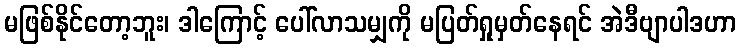
မဖြစ်နိုင်တော့ဘူး၊ ဒါကြောင့် ပေါ်လာသမျှကို မပြတ်ရှုမှတ်နေရင် အဲဒီဗျာပါဒဟာ